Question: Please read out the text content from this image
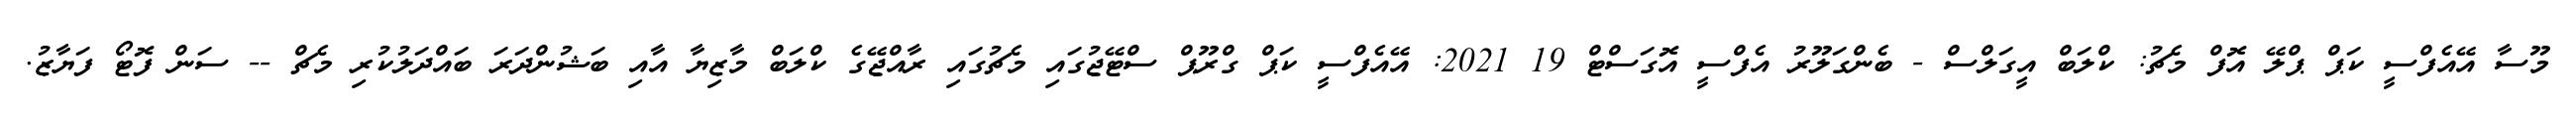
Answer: މޫސާ އޭއެފްސީ ކަޕް ޕްލޭ އޮފް މެޗު: ކްލަބް އީގަލްސް - ބެންގަލޫރު އެފްސީ އޮގަސްޓް 19 2021: އޭއެފްސީ ކަޕް ގްރޫޕް ސްޓޭޖުގައި މެޗުގައި ރާއްޖޭގެ ކްލަބް މާޒިޔާ އާއި ބަޝުންދަރަ ބައްދަލުކުރި މެޗް -- ސަން ފޮޓޯ ފަޔާޒު.